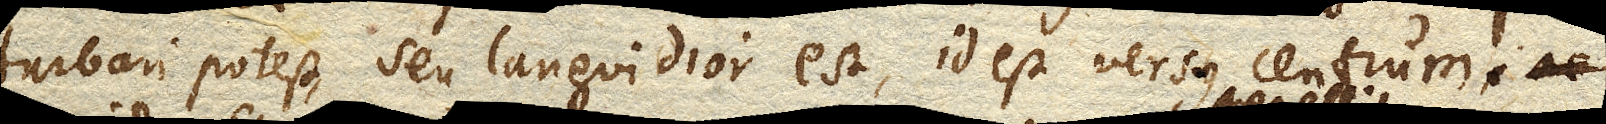
turbari potest, seu languidior est, id est versus centrum.